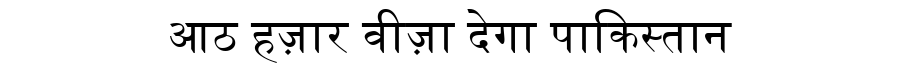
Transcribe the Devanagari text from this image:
आठ हज़ार वीज़ा देगा पाकिस्तान